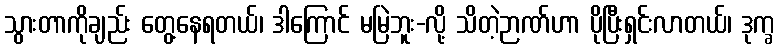
သွားတာကိုချည်း တွေ့နေရတယ်၊ ဒါကြောင် မမြဲဘူး-လို့ သိတဲ့ဉာဏ်ဟာ ပိုပြီးရှင်းလာတယ်၊ ဒုက္ခ